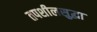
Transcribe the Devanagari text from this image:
तपशीलसुद्धा